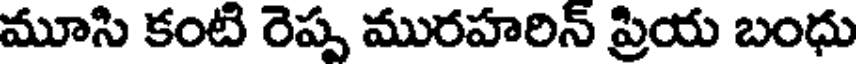
మూసి కంటి రెప్ప మురహరిన్ ప్రియ బంధు